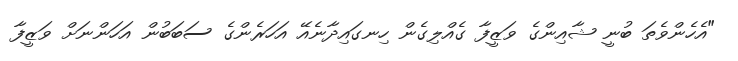
"އެހެންވެތަ ބުނީ ޝާއިންގެ ވަޒީފާ ގެއްލިގެން ހިނގައިދާނެއޭ އަހަރެންގެ ސަބަބުން އަހަންނަށް ވަޒީފާ